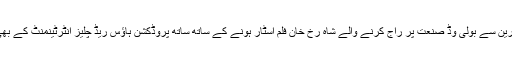
چھوٹی اسکرین سے بولی وڈ صنعت پر راج کرنے والے شاہ رخ خان فلم اسٹار ہونے کے ساتھ ساتھ پروڈکشن ہاؤس ریڈ چلیز انٹرٹینمنٹ کے بھی مالک ہیں۔